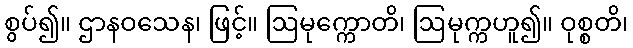
စွပ်၍။ ဌာနဝသေန၊ ဖြင့်။ ဩမုက္ကောတိ၊ ဩမုက္ကဟူ၍။ ဝုစ္စတိ၊